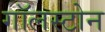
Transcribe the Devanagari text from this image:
गॉलस्टोन